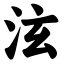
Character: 泫